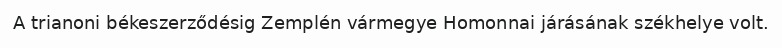
A trianoni békeszerződésig Zemplén vármegye Homonnai járásának székhelye volt.